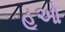
હૂઓ